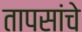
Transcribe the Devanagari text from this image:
तापसांचे